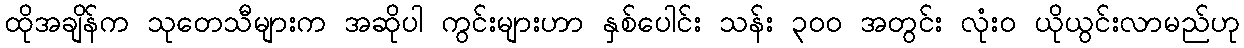
ထိုအချိန်က သုတေသီများက အဆိုပါ ကွင်းများဟာ နှစ်ပေါင်း သန်း ၃၀၀ အတွင်း လုံးဝ ယိုယွင်းလာမည်ဟု